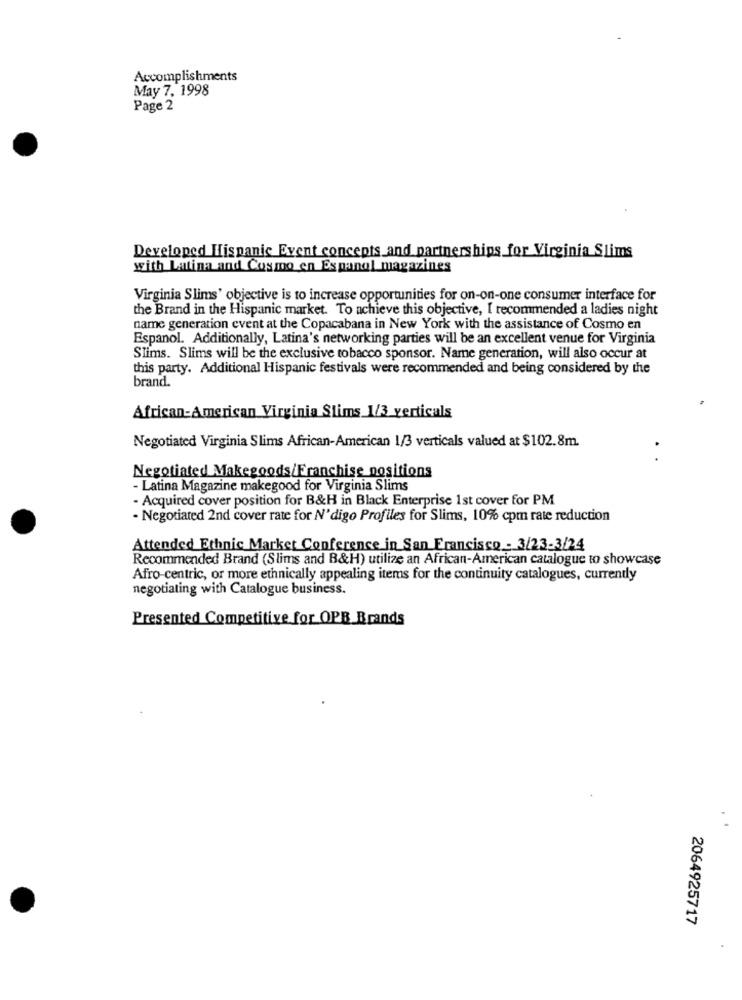
Accomplishments
May 7, 1998
Page 2
Developed Hispanic Event concepts and partnerships for Virginia Slims
with Latina and Cosmo en Espanol magazines
Virginia Slims' objective is to increase opportunities for on-on-one consumer interface for
the Brand in the Hispanic market. To achieve this objective, I recommended a ladies night
name generation event at the Copacabana in New York with the assistance of Cosmo en
Espanol. Additionally, Latina's networking parties will be an excellent venue for Virginia
Slims. Slims will be the exclusive tobacco sponsor. Name generation, will also occur at
this party. Additional Hispanic festivals were recommended and being considered by the
brand.
African-American Virginia Slims 1/3 verticals
Negotiated Virginia Slims African-American 1/3 verticals valued at $102.8m.
Negotiated Makegoods/Franchise positions
- Latina Magazine makegood for Virginia Slims
- Acquired cover position for B&H in Black Enterprise 1st cover for PM
- Negotiated 2nd cover rate for N'digo Profiles for Slims, 10% cpm rate reduction
Attended Ethnic Market Conference in San Francisco - 3/23-3/24
Recommended Brand (Slims and B&H) utilize an African-American catalogue to showcase
Afro-centric, or more ethnically appealing items for the continuity catalogues, currently
negotiating with Catalogue business.
Presented Competitive for OPB Brands
2064925717